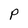
Character: P